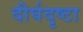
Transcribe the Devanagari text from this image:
दीर्घदृष्टा